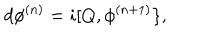
LaTeX: d \phi ^ { ( n ) } = i [ Q , \phi ^ { ( n + 1 ) } \} ,